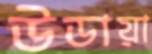
উডায়া